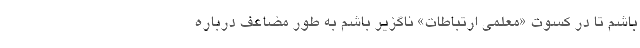
باشم تا در كسوت «معلمي ارتباطات» ناگزير باشم به ‌طور مضاعف درباره